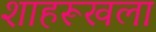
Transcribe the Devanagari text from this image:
शाहरूखला